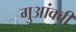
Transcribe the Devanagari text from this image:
गुआंक्वी